Insane asylums in Bengal annual reports 1876-1887 - 1876-1887
Year: 1876
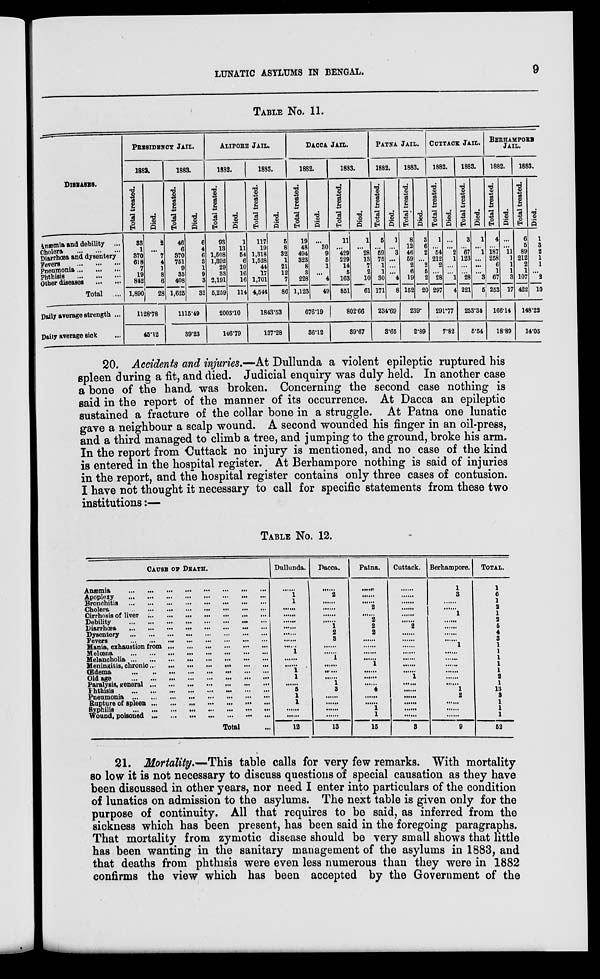
LUNATIC ASYLUMS IN BENGAL.
9
TABLE No. 11.
DISEASES.
Anæmia and debility ...
Cholera
...
...
...
Diarrhœa and dysentery
Fevers
... ... ...
Pneumonia ... ... ...
Phthisis
...
...
...
Other diseases ... ...
Total
...
Daily average strength ...
Daily average sick ...
PRESIDENCY JAIL.
1882.
Total treated.
33
1
370
618
7
19
842
l,890
Died.
2
...
7
4
1
8
6
28
1128.78
45.12
1883.
Total treated.
46
6
370
751
9
35
408
1,625
Died.
6
4
6
3
1
9
3
32
1115.49
39.23
ALIPORE JAIL.
1882.
Total treated.
93
13
1,508
1,392
29
33
2,191
5,259
Died.
1
11
54
6
10
16
16
114
2003.10
146.79
1883.
Total treated.
117
19
1,318
1,528
44
17
1,701
4,544
Died.
5
8
32
1
21
12
7
86
1843.63
137.28
DACCA JAIL.
1882.
Total treated.
19
48
494
323
8
3
228
1,123
Died.
...
30
9
5
1
...
4
49
676.19
36.12
1883.
Total treated.
11
...
429
229
14
5
163
851
Died.
1
...
28
13
7
2
10
61
802.66
39.67
PATNA JAIL.
1882.
Total treated.
5
...
59
75
1
1
30
171
Died.
1
...
3
...
...
...
4
8
234.69
3.65
1883.
Total treated.
8
12
46
59
2
6
19
152
Died.
3
6
2
...
2
5
2
20
239.
2.89
CUTTACK JAIL.
1882.
Total treated.
1
...
54
212
2
...
28
297
Died.
...
...
2
1
...
...
1
4
291.77
7.82
1883.
Total treated.
3
...
67
123
...
...
28
221
Died.
1
...
1
...
...
...
3
5
253.34
5.54
BERHAMPORE
JAIL.
1882.
Total treated.
4
...
187
258
6
1
67
253
Died.
...
...
11
1
1
1
3
17
166.14
18.89
1883.
Total treated.
6
5
89
212
2
1
107
422
Died.
1
3
2
1
1
...
2
10
148.22
14.05
20. Accidents and injuries.—At Dullunda a violent epileptic ruptured his
spleen during a fit, and died. Judicial enquiry was duly held. In another case
a bone of the hand was broken. Concerning the second case nothing is
said in the report of the manner of its occurrence. At Dacca an epileptic
sustained a fracture of the collar bone in a struggle. At Patna one lunatic
gave a neighbour a scalp wound. A second wounded his finger in an oil-press,
and a third managed to climb a tree, and jumping to the ground, broke his arm.
In the report from Cuttack no injury is mentioned, and no case of the kind
is entered in the hospital register. At Berhampore nothing is said of injuries
in the report, and the hospital register contains only three cases of contusion.
I have not thought it necessary to call for specific statements from these two
institutions:—
TABLE No. 12.
CAUSE OF DEATH.
Anæmia
...
...
... ... ...
...
... ...
Apoplexy
...
...
...
...
...
...
...
...
Bronchitis ... ... ... ... ... ... ... ...
Cholera
...
...
...
...
...
...
...
...
Cirrhosis of liver ... ... ... ... ... ... ...
Debility ... ... ... ... ... ... ... ...
Diarrhœa
...
...
...
...
...
...
...
...
Dysentery ... ... ... ... ... ... ... ...
Fevers ... ... ... ... ... ... ... ...
Mania, exhaustion from ... ... ... ... ... ...
Melœna
...
...
...
...
...
...
...
...
Melancholia ... ... ... ... ... ... ... ...
Meningitis, chronic ... ... ... ... ... ... ...
Œdema ... ... ... ... ... ... ... ...
Old age
...
...
...
...
...
...
...
...
Paralysis, general ... ... ... ... ... ... ...
Phthisis ... ... ... ... ... ... ... ...
Pneumonia ... ... ... ... ... ... ... ...
Rupture of spleen ... ... ... ... ... ... ...
Syphilis ... ... ... ... ... ... ... ...
Wound, poisoned ...
... ... ...
...
... ...
Total ...
Dullunda.
......
1
1
......
......
......
.
......
......
......
1
......
......
1
1
......
5
1
1
......
......
12
Dacca.
......
2
......
......
......
......
1
2
3
......
......
1
......
......
......
1
3
......
......
......
......
13
Patna.
......
......
......
2
......
2
2
2
......
......
......
......
1
......
......
......
4
......
......
1
1
15
Cuttack.
......
......
......
......
......
......
2
......
......
......
......
......
1
......
......
......
......
......
......
3
Berhampore.
1
3
......
......
1
......
......
......
......
1
......
......
......
......
......
......
1
2
......
......
......
9
TOTAL.
1
6
l
2
1
2
5
4
3
1
1
1
1
1
2
1
13
3
1
1
1
52
21. Mortality.—This table calls for very few remarks. With mortality
so low it is not necessary to discuss questions of special causation as they have
been discussed in other years, nor need I enter into particulars of the condition
of lunatics on admission to the asylums. The next table is given only for the
purpose of continuity. All that requires to be said, as inferred from the
sickness which has been present, has been said in the foregoing paragraphs.
That mortality from zymotic disease should be very small shows that little
has been wanting in the sanitary management of the asylums in 1883, and
that deaths from phthisis were even less numerous than they were in 1882
confirms the view which has been accepted by the Government of the